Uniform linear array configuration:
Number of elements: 12
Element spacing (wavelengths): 0.25
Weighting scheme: blackman
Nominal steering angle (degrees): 45
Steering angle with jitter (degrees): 45.101
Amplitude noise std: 0.05
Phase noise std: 0.05

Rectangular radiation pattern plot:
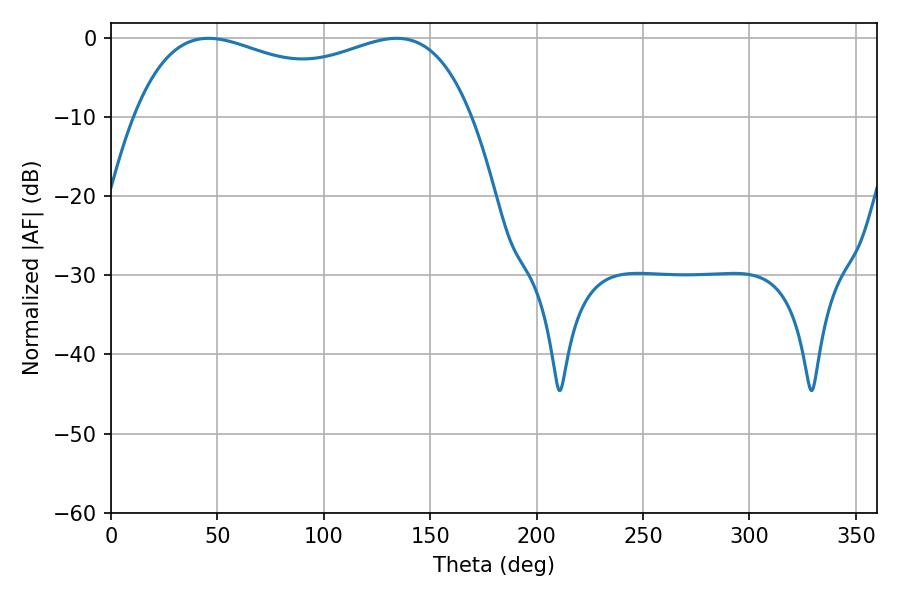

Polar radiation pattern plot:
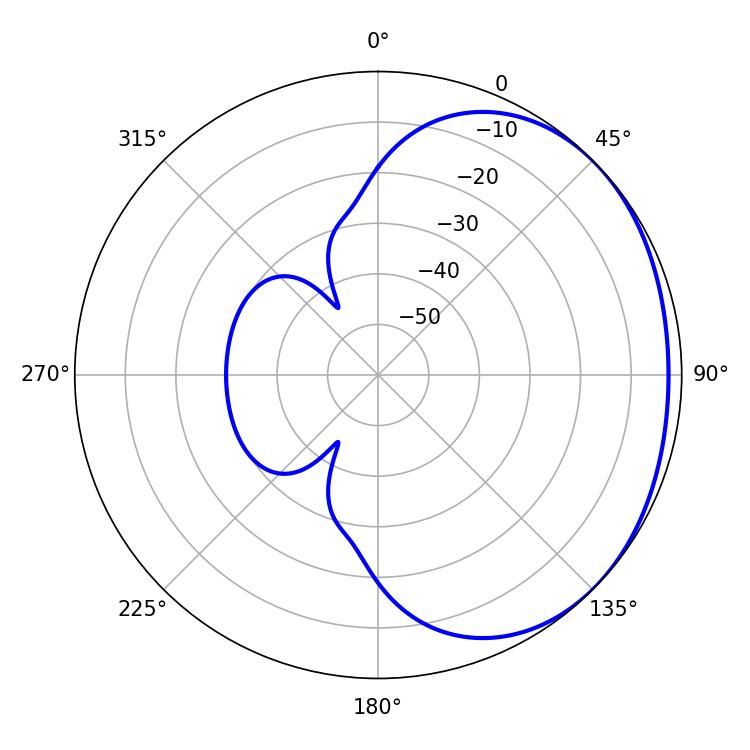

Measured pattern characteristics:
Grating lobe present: FALSE
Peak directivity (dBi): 1.475
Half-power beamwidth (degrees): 130.68
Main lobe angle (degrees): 45.72